Annual report of the Imperial Bacteriologist
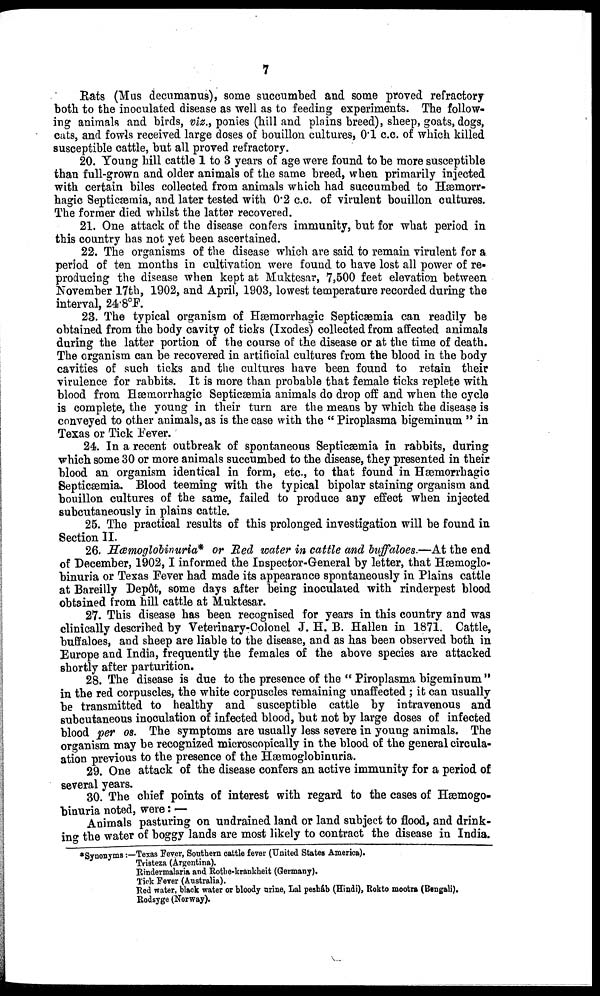
7
Rats (Mus decumanus), some succumbed and some proved refractory
both to the inoculated disease as well as to feeding experiments. The follow-
ing animals and birds, viz., ponies (hill and plains breed), sheep, goats, dogs,
cats, and fowls received large doses of bouillon cultures, 0.1 c.c. of which killed
susceptible cattle, but all proved refractory.
20. Young hill cattle 1 to 3 years of age were found to be more susceptible
than full-grown and older animals of the same breed, when primarily injected
with certain biles collected from animals which had succumbed to Hæmorr-
hagic Septicæmia, and later tested with 0.2 c.c. of virulent bouillon cultures.
The former died whilst the latter recovered.
21. One attack of the disease confers immunity, but for what period in
this country has not yet been ascertained.
22. The organisms of the disease which are said to remain virulent for a
period of ten months in cultivation were found to have lost all power of re-
producing the disease when kept at Muktesar, 7,500 feet elevation between
November 17th, 1902, and April, 1903, lowest temperature recorded during the
interval, 24.8°F.
23. The typical organism of Hæmorrhagic Septicæmia can readily be
obtained from the body cavity of ticks (Ixodes) collected from affected animals
during the latter portion of the course of the disease or at the time of death.
The organism can be recovered in artificial cultures from the blood in the body
cavities of such ticks and the cultures have been found to retain their
virulence for rabbits. It is more than probable that female ticks replete with
blood from Hæmorrhagic Septicæmia animals do drop off and when the cycle
is complete, the young in their turn are the means by which the disease is
conveyed to other animals, as is the case with the " Piroplasma bigeminum " in
Texas or Tick Fever.
24. In a recent outbreak of spontaneous Septicæmia in rabbits, during
which some 30 or more animals succumbed to the disease, they presented in their
blood an organism identical in form, etc., to that found in Hæmorrhagic
Septicæmia. Blood teeming with the typical bipolar staining organism and
bouillon cultures of the same, failed to produce any effect when injected
subcutaneously in plains cattle.
25. The practical results of this prolonged investigation will be found in
Section II.
26. Hæmoglobinuria* or Red water in cattle and buffaloes.—At the end
of December, 1902,I informed the Inspector-General by letter, that Hæmoglo-
binuria or Texas Fever had made its appearance spontaneously in Plains cattle
at Bareilly Depôt, some days after being inoculated with rinderpest blood
obtained from hill cattle at Muktesar.
27. This disease has been recognised for years in this country and was
clinically described by Veterinary-Colonel J. H. B. Hallen in 1871. Cattle,
buffaloes, and sheep are liable to the disease, and as has been observed both in
Europe and India, frequently the females of the above species are attacked
shortly after parturition.
28. The disease is due to the presence of the " Piroplasma bigeminum "
in the red corpuscles, the white corpuscles remaining unaffected ; it can usually
be transmitted to healthy and susceptible cattle by intravenous and
subcutaneous inoculation of infected blood, but not by large doses of infected
blood per os. The symptoms are usually less severe in young animals. The
organism may be recognized microscopically in the blood of the general circula¬
ation previous to the presence of the Hæmoglobinuria.
29. One attack of the disease confers an active immunity for a period of
several years.
30. The chief points of interest with regard to the cases of Hæmogo-
binuria noted, were :—
Animals pasturing on undrained land or land subject to flood, and drink¬
ing the water of boggy lands are most likely to contract the disease in India.
*Synonyms :—Texas Fever, Southern cattle fever (United States America).
Tristeza (Argentina).
Rindermalaria and Rothe-krankheit (Germany).
Tick Fever (Australia).
Red water, black water or bloody urine, Lal pesháb (Hindi), Rokto mootra (Bengali).
Rodsyge (Norway).